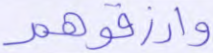
وارزقوهم